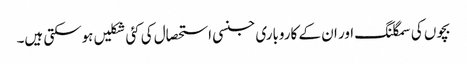
بچوں کی سمگلنگ اور ان کے کاروباری جنسی استحصال کی کئی شکلیں ہوسکتی ہیں۔